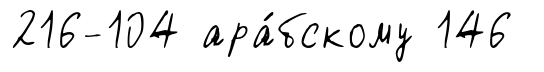
216-104 ара́бскому 146